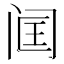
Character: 𬮣